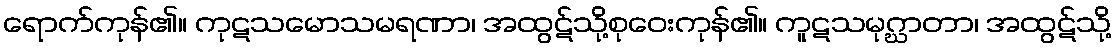
ရောက်ကုန်၏။ ကုဋသမောသမရဏာ၊ အထွဋ်သို့စုဝေးကုန်၏။ ကူဋသမုဂ္ဃာတာ၊ အထွဋ်သို့